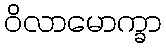
ဝိလာမောက္ခာ